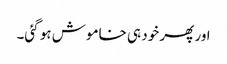
اور پھر خود ہی خاموش ہو گئی۔